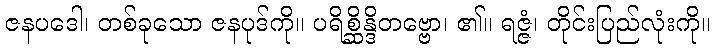
ဇနပဒေါ၊ တစ်ခုသော ဇနပုဒ်ကို။ ပရိစ္ဆိန္ဒိတဗ္ဗော၊ ၏။ ရဇ္ဇံ၊ တိုင်းပြည်လုံးကို။